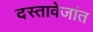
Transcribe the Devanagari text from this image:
दस्तावेजांत